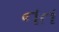
નત